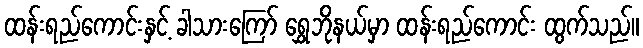
ထန်းရည်ကောင်းနှင့် ခါသားကြော် ရွှေဘိုနယ်မှာ ထန်းရည်ကောင်း ထွက်သည်။